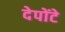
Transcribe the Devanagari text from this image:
देपोंटे